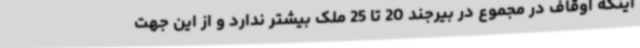
اینکه اوقاف در مجموع در بیرجند 20 تا 25 ملک بیشتر ندارد و از این جهت